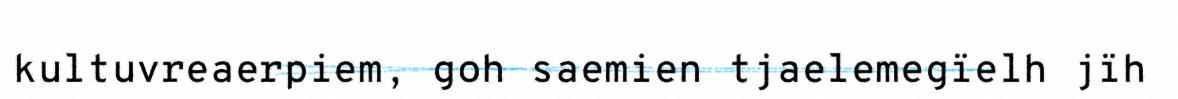
kultuvreaerpiem, goh saemien tjaelemegïelh jïh